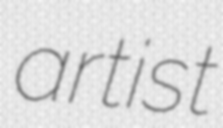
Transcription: artist